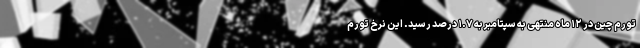
تورم چین در ١٢ ماه منتهی به سپتامبر به ۱.۷ درصد رسید. این نرخ تورم